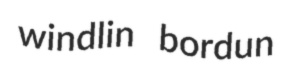
windlin bordun